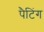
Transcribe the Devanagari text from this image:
पैटिंग